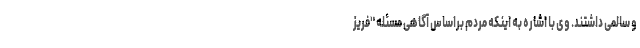
و سالمی داشتند. وی با اشاره به اینکه مردم براساس آگاهی مسئله "فریز